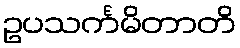
ဥပသင်္ကမိတာတိ